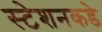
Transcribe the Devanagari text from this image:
स्टेशनकडे